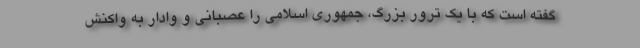
گفته است که با یک ترور بزرگ، جمهوری اسلامی را عصبانی و وادار به واکنش